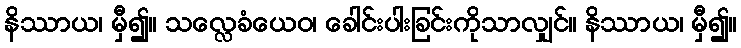
နိဿာယ၊ မှီ၍။ သလ္လေခံယေဝ၊ ခေါင်းပါးခြင်းကိုသာလျှင်။ နိဿာယ၊ မှီ၍။